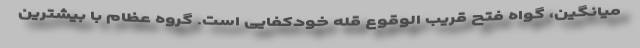
میانگین، گواه فتح قریب الوقوع قله خودکفایی است. گروه عظام با بیشترین